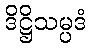
ဒိဋ္ဌိသမ္ပဒံ